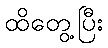
ထိတွေ့ပြီး